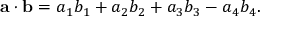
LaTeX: \mathbf { a } \cdot \mathbf { b } = a _ { 1 } b _ { 1 } + a _ { 2 } b _ { 2 } + a _ { 3 } b _ { 3 } - a _ { 4 } b _ { 4 } .